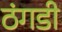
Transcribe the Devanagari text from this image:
ठंगडी